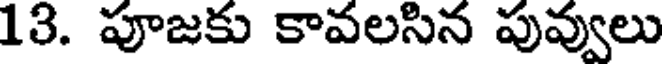
13. పూజకు కావలసిన పువ్వులు